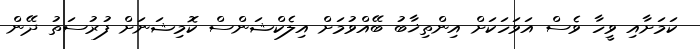
ކަމަށާއި ވީހާ ވެސް އަވަހަކަށް އިންތިޚާބު ބޭއްވުމަށް އިލެކްޝަންސް ކޮމިޝަނަށް ފުރުސަތު ދޭން